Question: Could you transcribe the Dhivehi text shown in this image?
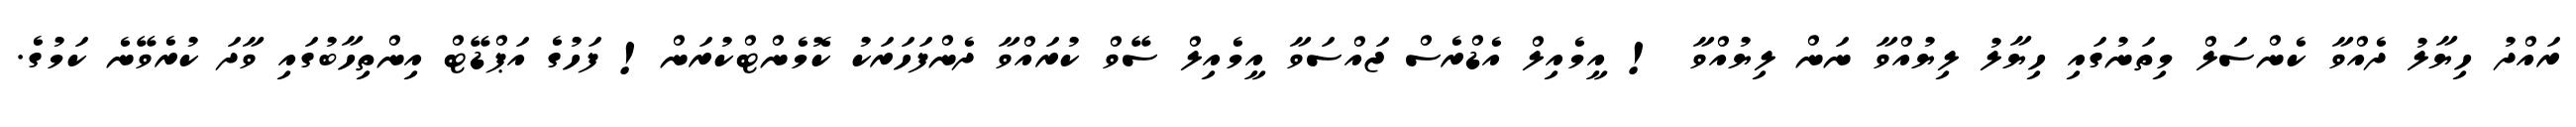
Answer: ރައްދު ހިޔާލު ދެއްވާ ކެންސަލް މިތަނުގައި ހިޔާލު ލިޔުއްވާ ނަން ލިޔުއްވާ ! އީމެއިލް އެޑްރެސް ޖައްސަވާ އީމެއިލް ސޭވް ކުރައްވާ ދެންފަހަރަކު ކޮމެންޓްކުރަން! ފަހުގެ އަޕްޑޭޓް އިންތިހާބުގައި ވާދަ ކުރެވޭނެ ކަމުގެ.